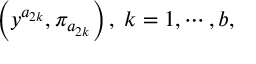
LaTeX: \left( y ^ { a _ { 2 k } } , \pi _ { a _ { 2 k } } \right) , \; k = 1 , \cdots , b ,